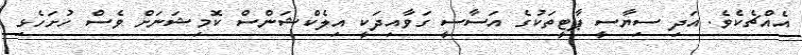
އެއްޗެކެވެ. އަދި ސިޔާސީ ޕާޓީތަކުގެ އަސާސީ ގަވާއިދަކީ އިލެކްޝަންސް ކޮމިޝަނަށް ވެސް ހުށަހެޅި